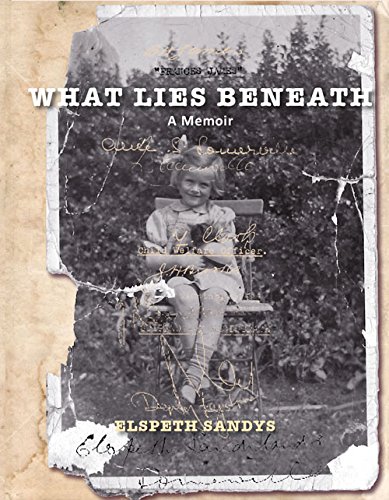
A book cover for What Lies Beneath: A Memoir; Elspeth Sandys; Parenting & Relationships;